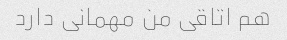
هم اتاقی من مهمانی دارد